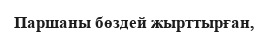
Паршаны бөздей жырттырған,